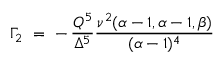
\Gamma _ { 2 } ~ = ~ - \, \frac { Q ^ { 5 } } { \Delta ^ { 5 } } \frac { \nu ^ { 2 } ( \alpha - 1 , \alpha - 1 , \beta ) } { ( \alpha - 1 ) ^ { 4 } }